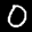
Label: 0